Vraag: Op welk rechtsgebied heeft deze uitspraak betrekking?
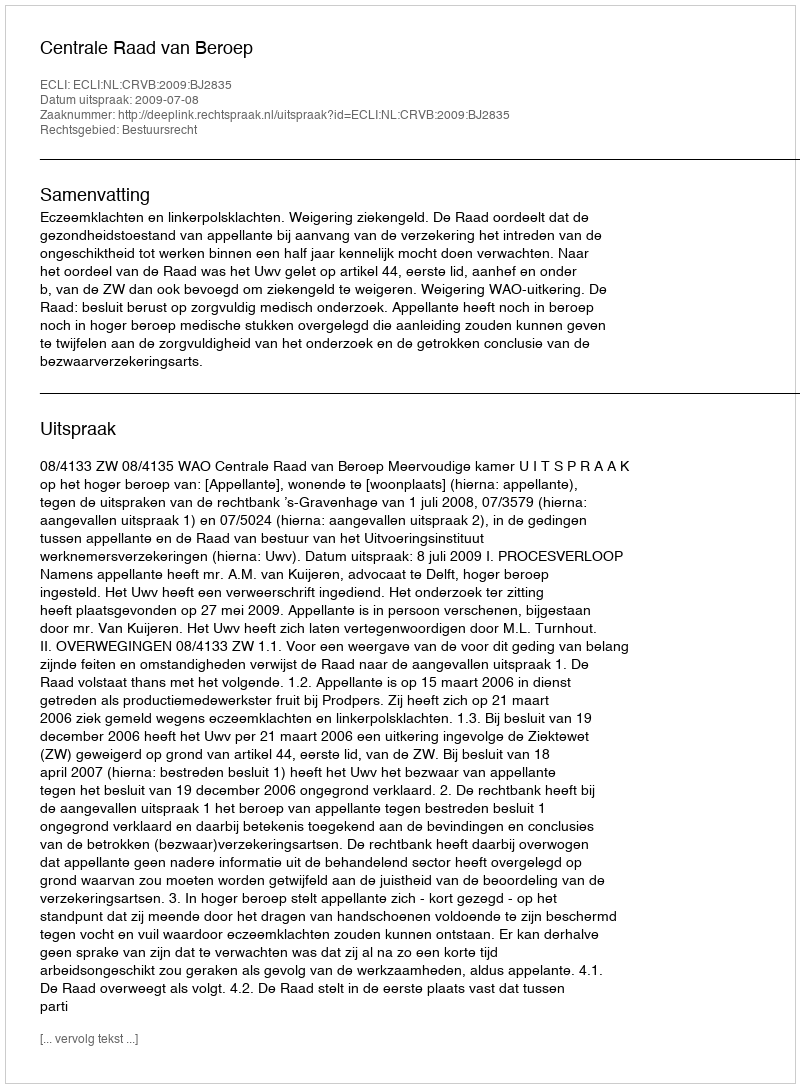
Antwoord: Bestuursrecht